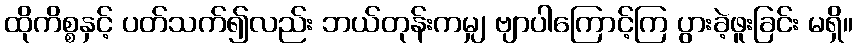
ထိုကိစ္စနှင့် ပတ်သက်၍လည်း ဘယ်တုန်းကမျှ ဗျာပါကြောင့်ကြ ပွားခဲ့ဖူးခြင်း မရှိ။